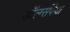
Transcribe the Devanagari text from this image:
डॉलर्सपेक्षा